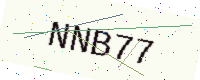
Text: NNB77